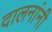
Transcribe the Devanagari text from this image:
दालनांनी